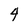
Character: 4